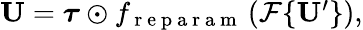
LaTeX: \begin{array}{r}{\mathbf{U}=\boldsymbol{\tau}\odot f_{\mathrm{~r~e~p~a~r~a~m~}}\left(\mathcal{F}\{ \mathbf{U}^{\prime}\} \right),}\end{array}